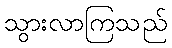
သွားလာကြသည်